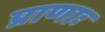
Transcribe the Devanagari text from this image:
प्राणाः